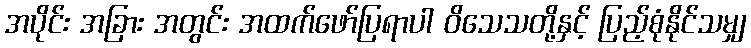
အပိုင်း အခြား အတွင်း အထက်ဖော်ပြရာပါ ဝိသေသတို့နှင့် ပြည့်စုံနိုင်သမျှ